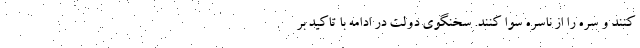
کنند و سره را از ناسره سوا کنند. سخنگوی دولت در ادامه با تاکید بر